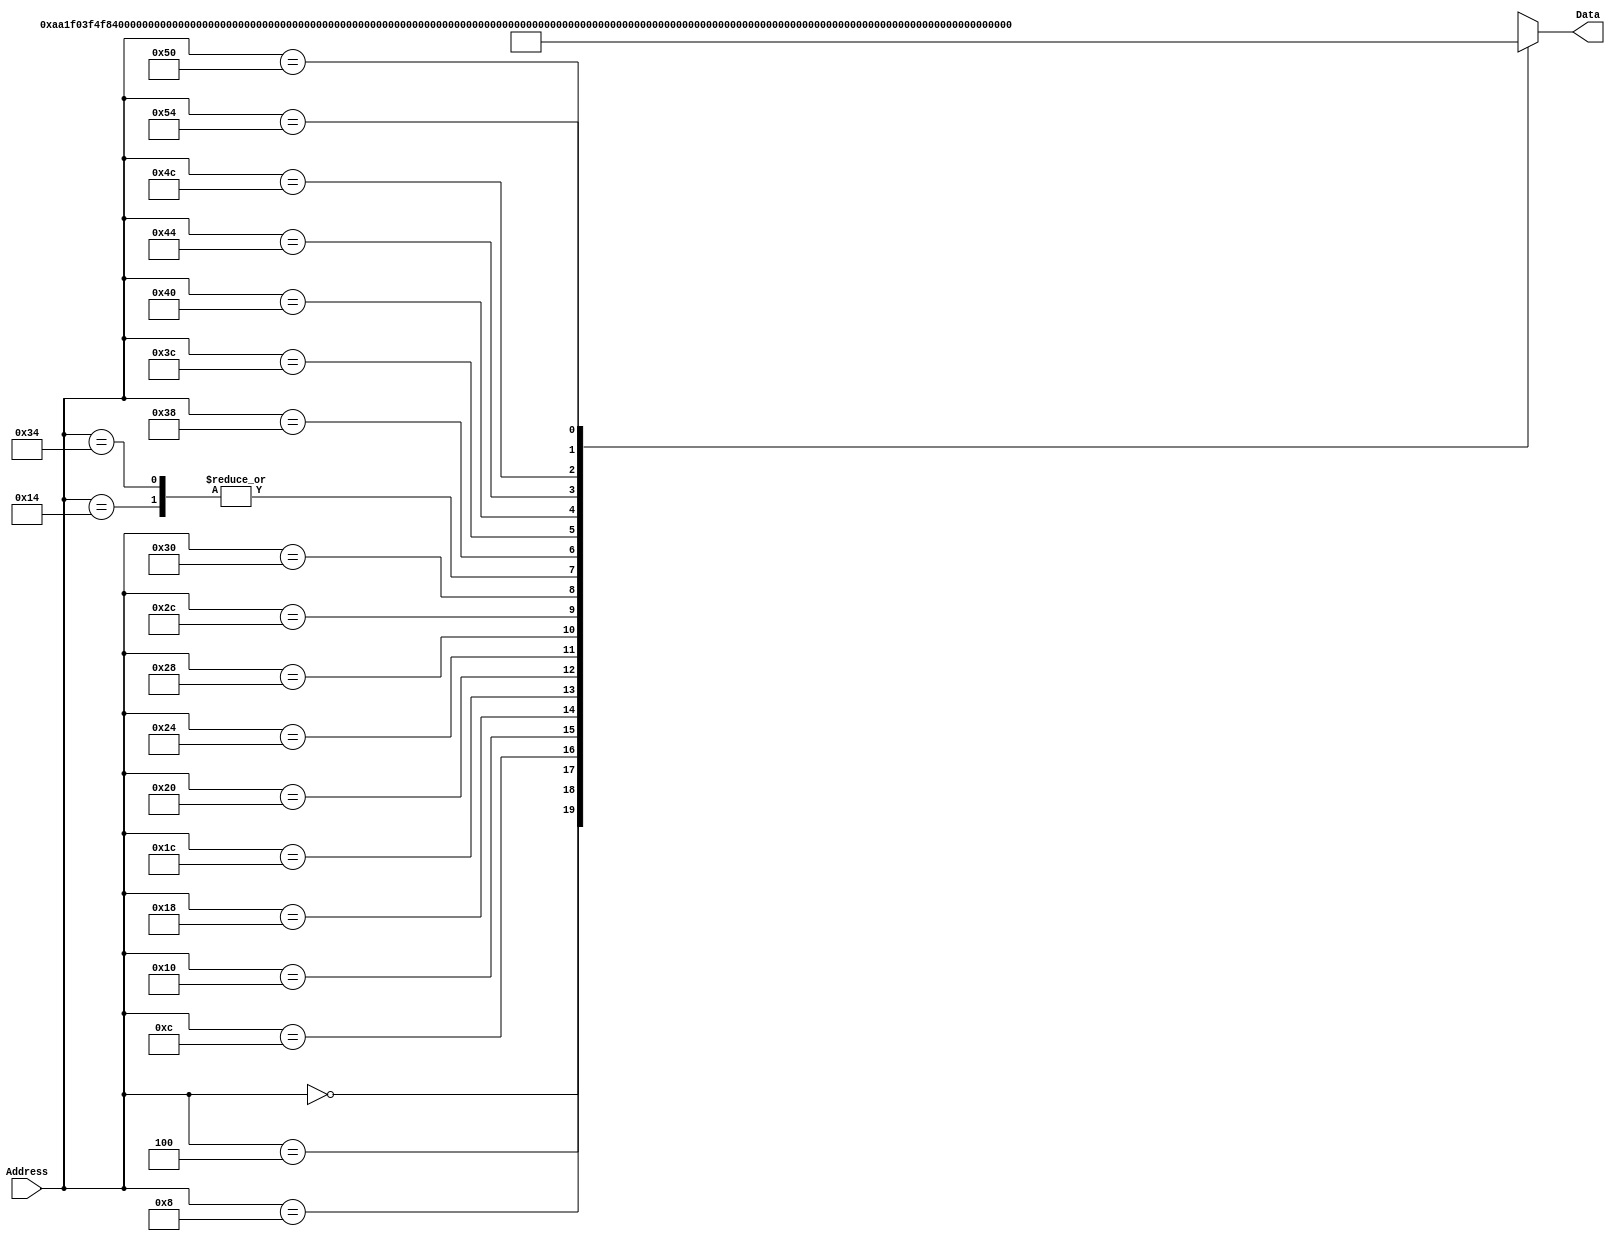
`timescale 1ns / 1ps
/*
 * Module: InstructionMemory
 *
 * Implements read-only instruction memory
 *
 */
module InstructionMemory(Data, Address);
    output [31:0] Data;
    input [63:0]  Address;
    reg [31:0] 	 Data;

    /*
    * ECEN 350 Processor Test Functions
    * Texas A&M University
    */

    always @ (Address) begin
        case(Address)
        /* Test Program 1:
         * Program loads constants from the data memory. Uses these constants to test
         * the following instructions: LDUR, ORR, AND, CBZ, ADD, SUB, STUR and B.
         *
         * Assembly code for test:
         *
         * 0x00: ORR  X20, XZR, XZR     //Create a base memory address
         * 0x04: LDUR X9,  [X20, 0x0]   //Load 1 into x9
         * 0x08: LDUR X10, [X20, 0x8]   //Load a into x10
         * 0x0c: LDUR X11, [X20, 0x10]  //Load 5 into x11
         * 0x10: LDUR X12, [X20, 0x18]  //Load big constant into x12
         * 0x14: LDUR X13, [X20, 0x20]  //load a 0 into X13
         *
         * 0x18: ORR X10, X10, X11  //Create mask of 0xf
         * 0x1c: AND X12, X12, X10  //Mask off low order bits of big constant
         *
         * loop:
         * 0x20: CBZ X12, end  //while X12 is not 0
         * 0x24: ADD X13, X13, X9  //Increment counter in X13
         * 0x28: SUB X12, X12, X9  //Decrement remainder of big constant in X12
         * 0x2c: B loop  //Repeat till X12 is 0
         * 0x30: STUR X13, [X20, 0x20]  //store back the counter value into the memory location 0x20
         * 0x34: LDUR X13, [X20, 0x20]  //One last load to place stored value on memdbus for test checking.
         */

        64'h000: Data = 32'hAA1F03F4;
        64'h004: Data = 32'hF8400289;
        64'h008: Data = 32'hF840828A;
        64'h00c: Data = 32'hF841028B;
        64'h010: Data = 32'hF841828C;
        64'h014: Data = 32'hF842028D;
        64'h018: Data = 32'hAA0B014A;
        64'h01c: Data = 32'h8A0A018C;
        64'h020: Data = 32'hB400008C;
        64'h024: Data = 32'h8B0901AD;
        64'h028: Data = 32'hCB09018C;
        64'h02c: Data = 32'h17FFFFFD;
        64'h030: Data = 32'hF802028D;
        64'h034: Data = 32'hF842028D;


        /* Add code for your tests here */
	64'h038: Data = 32'b11010010100110111101111000000001; //MOVZ X1, 0xDEF0 HEX->34BBDE09
	64'h03c: Data = 32'b11010010101100110101011110000010; //MOVZ X2, 0X9ABC
	64'h040: Data = 32'b11010010110010101100111100000011; //MOVZ X3, 0X5678
	64'h044: Data = 32'b11010010111000100100011010000100; //MOVZ X4, 0X1234
	64'h04c: Data = 32'b10101010000000010000000001001001; //ORR X9, X1, X2
	64'h050: Data = 32'b10101010000010010000000001101001; //ORR X9, X9, X3
	64'h054: Data = 32'b10101010000010010000000010001001; //ORR X9, X9, X4
        default: Data = 32'hXXXXXXXX;
        endcase
    end
endmodule